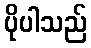
ပိုပါသည်